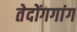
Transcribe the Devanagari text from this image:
तेदोंगगांग